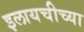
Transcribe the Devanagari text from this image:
इलायचीच्या